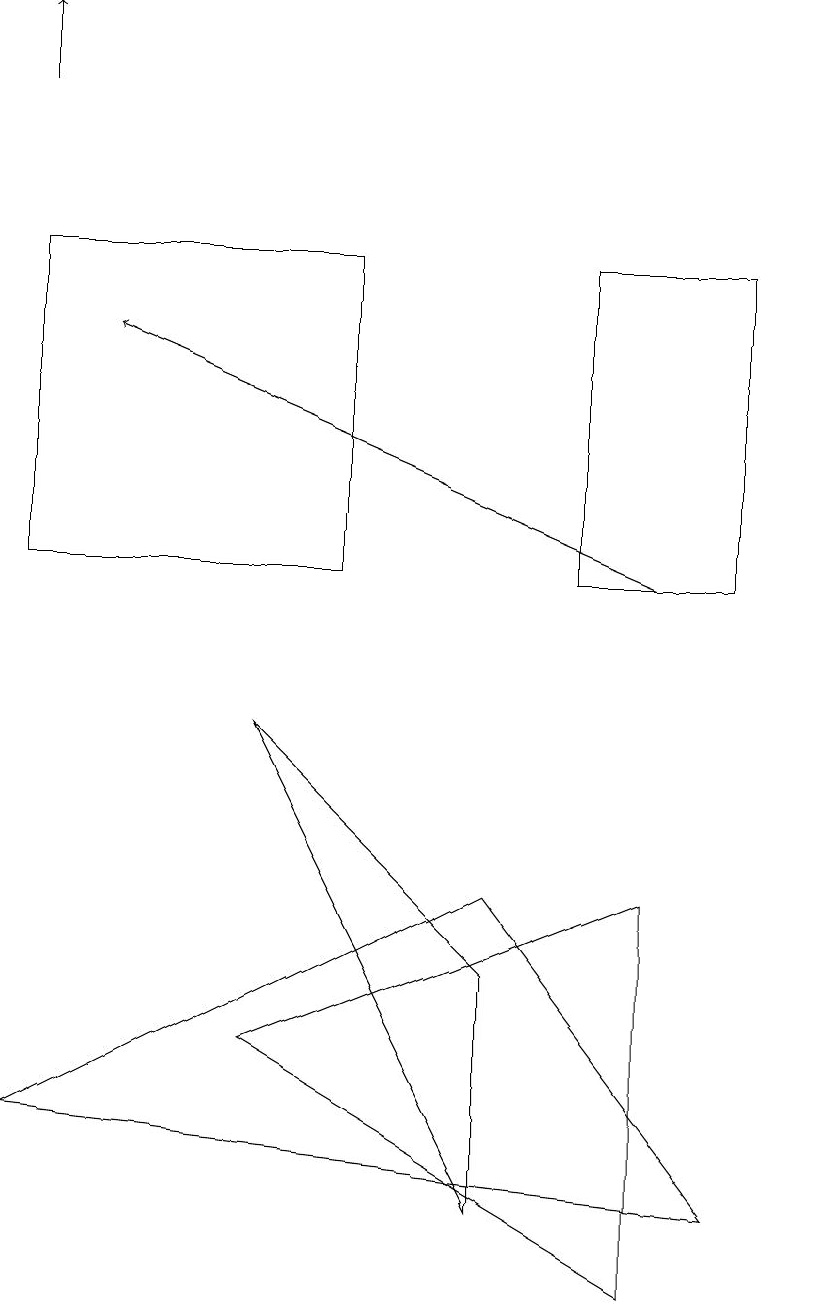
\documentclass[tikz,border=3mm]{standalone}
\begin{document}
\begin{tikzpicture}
\draw (9,3) -- (6,7) -- (0,4) -- cycle;
\draw[->] (0,17) -- (0,18);
\draw (0,15) rectangle (4,11);
\draw (10,10) circle (0);
\draw[->] (8,11) -- (1,14);
\draw (9,11) rectangle (7,15);
\draw (3,9) -- (6,6) -- (6,3) -- cycle;
\draw (3,5) -- (8,7) -- (8,2) -- cycle;
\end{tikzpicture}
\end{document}